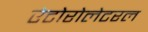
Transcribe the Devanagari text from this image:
एंटोरोलेटरल